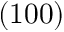
( 1 0 0 )